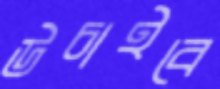
উচাইবে